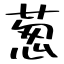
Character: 葱